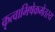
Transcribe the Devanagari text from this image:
कृत्वाभिषेकमेतस्य